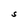
Character: S